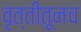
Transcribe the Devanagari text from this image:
वृत्तीतूनच